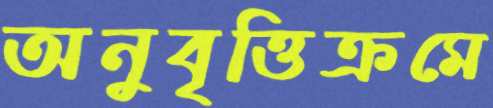
অনুবৃত্তিক্রমে